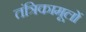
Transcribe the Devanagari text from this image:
तंत्रिकामूलों